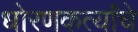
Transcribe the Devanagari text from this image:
धोरणकर्त्यांचे